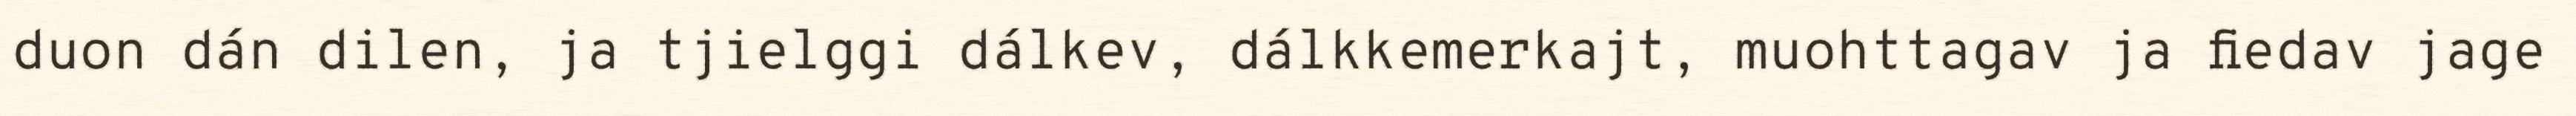
duon dán dilen, ja tjielggi dálkev, dálkkemerkajt, muohttagav ja fiedav jage